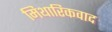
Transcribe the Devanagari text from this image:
मिथारिकवाद